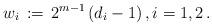
LaTeX: \begin{align*} w_i \,:=\, 2^{m-1}\,(d_i-1)\,, i=1,2\,.\end{align*}